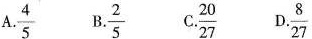
A. \frac{4}{5} B. \frac{2}{5} C.\frac{20}{27} D.\frac{8}{27}